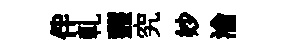
伴軋虀究妙淪